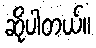
ဆိုပါတယ်။